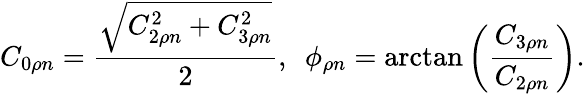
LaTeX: C_{0\rho n}=\frac{\sqrt{C_{2\rho n}^{2}+C_{3\rho n}^{2}}}{2},~~\phi_{\rho n}=\arctan\left(\frac{C_{3\rho n}}{C_{2\rho n}}\right).